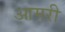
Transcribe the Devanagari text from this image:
आमरी